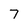
Character: 7